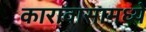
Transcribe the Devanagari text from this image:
कारावासामध्ये